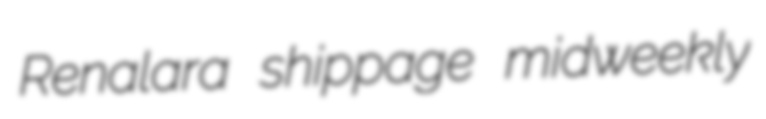
Renalara shippage midweekly